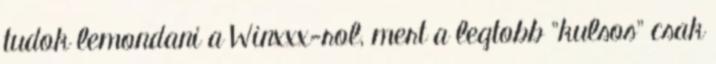
tudok lemondani a Winxxx-rol, mert a legtobb "kulsos" csak